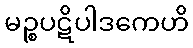
မဉ္စပဋိပါဒကေဟိ